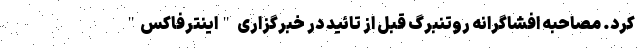
کرد. مصاحبه افشاگرانه روتنبرگ قبل از تائید در خبرگزاری "اینترفاکس"